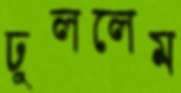
ঢুললেম